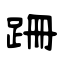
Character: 跚